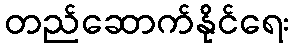
တည်ဆောက်နိုင်ရေး